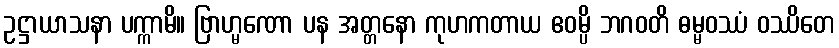
ဥဋ္ဌာယာသနာ ပက္ကာမိ။ ဗြာဟ္မဏော ပန အတ္တနော ကုဟကတာယ ဧဝမ္ပိ ဘဂဝတိ ဓမ္မဝဿံ ဝဿိတေ